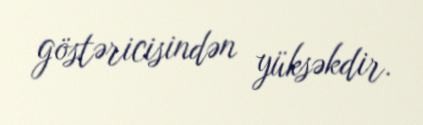
göstəricisindən yüksəkdir.